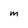
Character: m